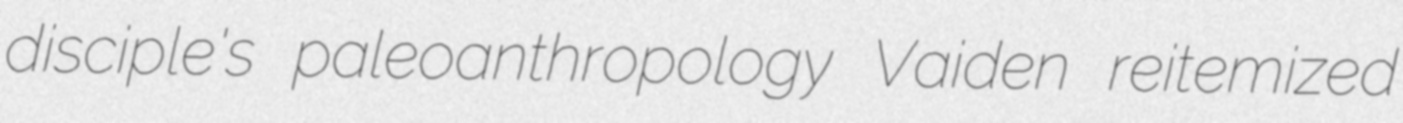
disciple's paleoanthropology Vaiden reitemized